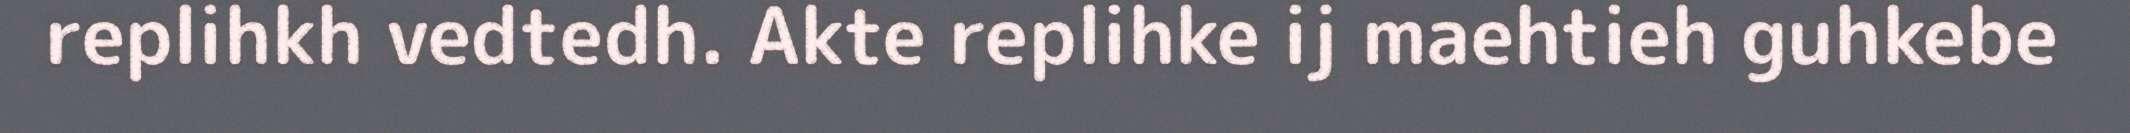
replihkh vedtedh. Akte replihke ij maehtieh guhkebe